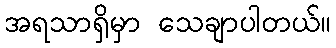
အရသာရှိမှာ သေချာပါတယ်။